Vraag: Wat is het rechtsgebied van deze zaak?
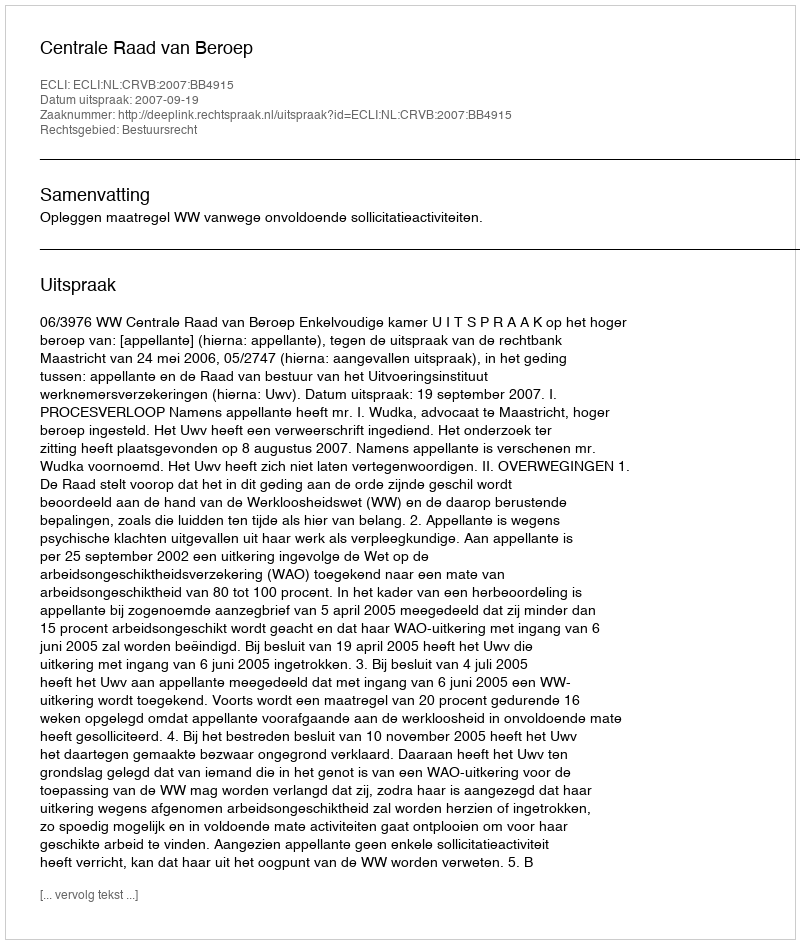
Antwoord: Bestuursrecht